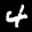
Label: 4